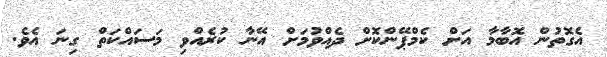
އެގޮތުން އޮބާމާ އަށް ކެމްޕޭންކޮށް ދެއްވުމަށް އޭނާ ކުރެއްވި މަސައްކަތް ގިނަ އެވެ.